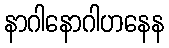
နာဂါနောဂါဟနေန